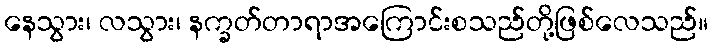
နေသွား၊ လသွား၊ နက္ခတ်တာရာအကြောင်းစသည်တို့ဖြစ်လေသည်။